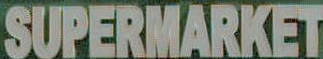
SUPERMARKET